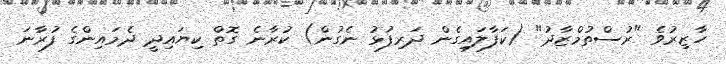
ހާޒިރުވެ "ރުސްތުމްޒާދު" (ކަފާލައިގެން ދަރިފުޅު ނެގުން) ކުރާނެ ގޮތް ކިޔައިދީ ދެމައިންގެ ފުރާނަ